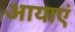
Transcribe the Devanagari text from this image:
आयाएं